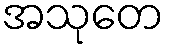
အသုတေ